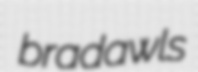
bradawls